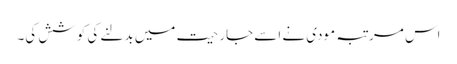
اس مرتبہ مودی نے اسے جارحیت میں بدلنے کی کوشش کی۔